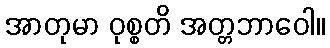
အာတုမာ ဝုစ္စတိ အတ္တဘာဝေါ။